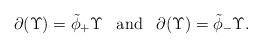
LaTeX: \begin{align*}\partial(\Upsilon)=\tilde{\phi}_+\Upsilon\,\,\,\mbox{ and }\,\,\,\partial(\Upsilon)=\tilde{\phi}_-\Upsilon.\end{align*}